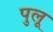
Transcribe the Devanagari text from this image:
पुलू